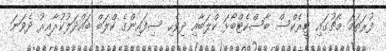
ފުރަތަމަ މެޗުގައި ޓީރެކްސް ބާސްކެޓްބޯޅަ ކްލަބާއި ދިވެހި ސިފައިންގެ ކްލަބް ބައްދަލުކުރާއިރު ދެވަނަ